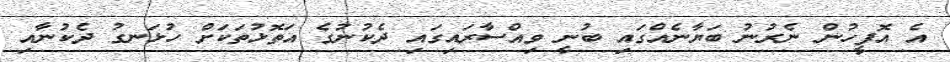
އެ އޮފީހުން ނެރުނު ބަޔާނެއްގައި ބުނީ ވިއްސާރައިގައި ދެކުނުގެ އަތޮޅުތަކަށް ހުޅަނގު ދެކުނާއި